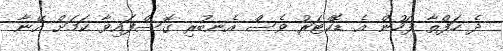
ދެ ހަފްތާ ފަހުން އެ ޑޮކްޓަރު ވެސް އެނބުރި ގޮސްފައިވާ ކަމަށް އޭނާ